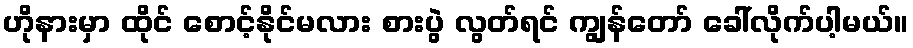
ဟိုနားမှာ ထိုင် စောင့်နိုင်မလား စားပွဲ လွတ်ရင် ကျွန်တော် ခေါ်လိုက်ပါ့မယ်။